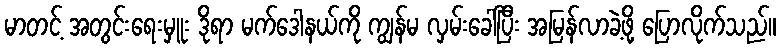
မာတင့် အတွင်းရေးမှူး ဒိုရာ မက်ဒေါနယ်ကို ကျွန်မ လှမ်းခေါ်ပြီး အမြန်လာခဲ့ဖို့ ပြောလိုက်သည်။